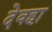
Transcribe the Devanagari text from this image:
देवहा